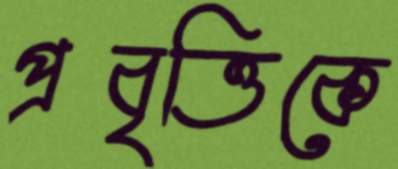
প্রবৃত্তিকে